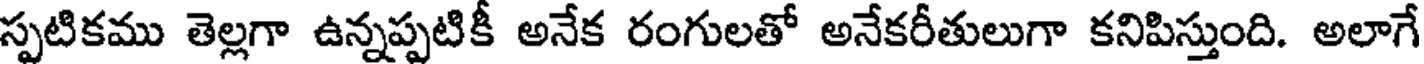
స్పటికము తెల్లగా ఉన్నప్పటికీ అనేక రంగులతో అనేకరీతులుగా కనిపిస్తుంది. అలాగే